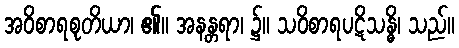
အဝိစာရစုတိယာ၊ ၏။ အနန္တရာ၊ ၌။ သဝိစာရပဋိသန္ဓိ၊ သည်။